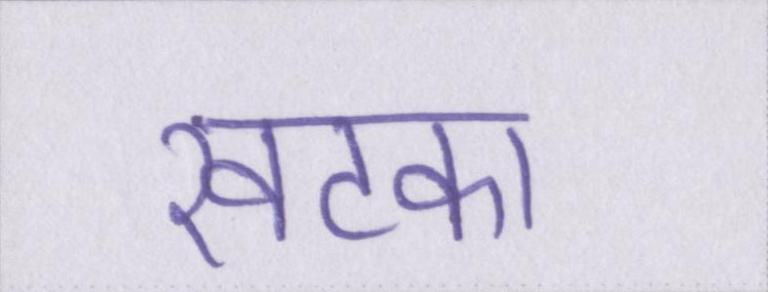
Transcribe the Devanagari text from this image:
खटका